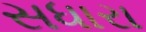
સધારા